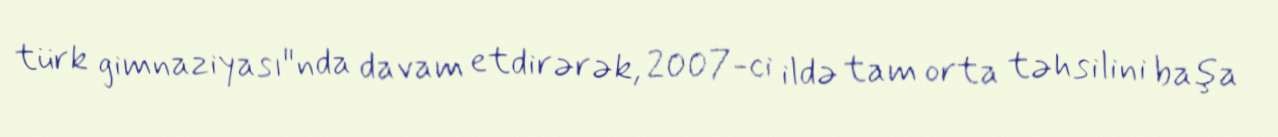
türk gimnaziyası"nda davam etdirərək, 2007-ci ildə tam orta təhsilini başa